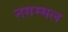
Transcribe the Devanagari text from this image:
नगम्मल